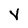
Character: v